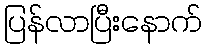
ပြန်လာပြီးနောက်